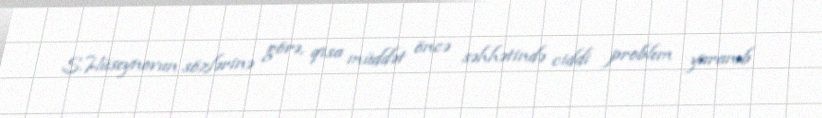
S.Hüseynovun sözlərinə görə, qısa müddət öncə səhhətində ciddi problem yaranıb